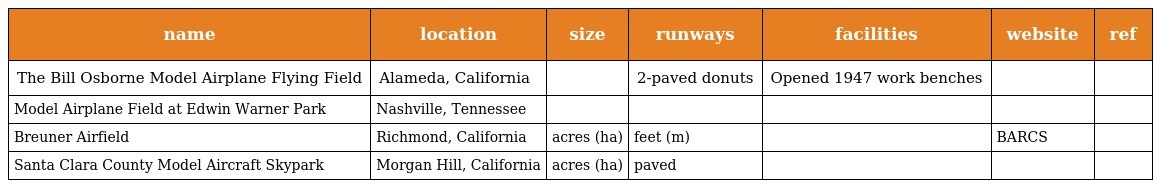
| name | location | size | runways | facilities | website | ref |
 | --- | --- | --- | --- | --- | --- | --- |
 | The Bill Osborne Model Airplane Flying Field | Alameda, California |  | 2-paved donuts | Opened 1947 work benches |  |  |
 | Model Airplane Field at Edwin Warner Park | Nashville, Tennessee |  |  |  |  |  |
 | Breuner Airfield | Richmond, California | acres (ha) | feet (m) |  | BARCS |  |
 | Santa Clara County Model Aircraft Skypark | Morgan Hill, California | acres (ha) | paved |  |  |  |